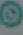
@